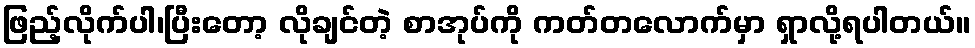
ဖြည့်လိုက်ပါ၊ပြီးတော့ လိုချင်တဲ့ စာအုပ်ကို ကတ်တလောက်မှာ ရှာလို့ရပါတယ်။